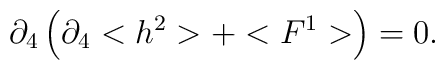
\partial _{4}\left( \partial _{4}<h^{2}>+<F^{1}>\right) =0.